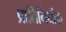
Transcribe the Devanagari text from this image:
प्रातिनिधीक